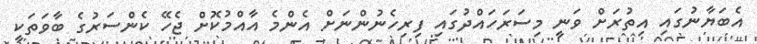
އެބަޔާނުގައި އިތުރަށް ވަނީ މިސަރަހައްދުގައި ފިރިހެނުންނަށް އެންމެ އާއްމުކޮށް ޖެހޭ ކެންސަރުގެ ބާވަތަކީ